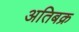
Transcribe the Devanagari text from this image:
अतिबक्र